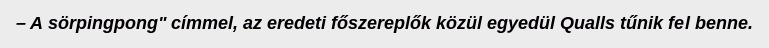
– A sörpingpong" címmel, az eredeti főszereplők közül egyedül Qualls tűnik fel benne.